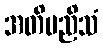
အတိမညိသံ